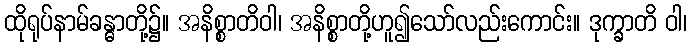
ထိုရုပ်နာမ်ခန္ဓာတို့၌။ အနိစ္စာတိဝါ၊ အနိစ္စာတို့ဟူ၍သော်လည်းကောင်း။ ဒုက္ခာတိ ဝါ၊